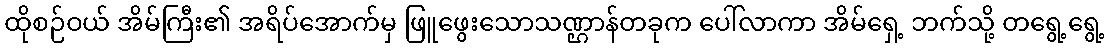
ထိုစဉ်ဝယ် အိမ်ကြီး၏ အရိပ်အောက်မှ ဖြူဖွေးသောသဏ္ဌာန်တခုက ပေါ်လာကာ အိမ်ရှေ့ ဘက်သို့ တရွေ့ရွေ့